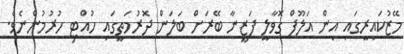
މޭޒުކައިރީގައި އިން އަލޫފް ގޮވާލީ ފަޒީނާ ބޭރަށް ބަލަން ދޮރުމަތީގައި ހުއްޓި ހުރުމުންނެވެ.